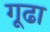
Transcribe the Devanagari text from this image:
गूढा